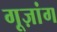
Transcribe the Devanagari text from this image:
गूज़ांग